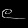
Digit: ၉